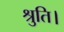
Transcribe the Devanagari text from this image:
श्रुति।